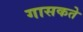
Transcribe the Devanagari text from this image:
गासकते